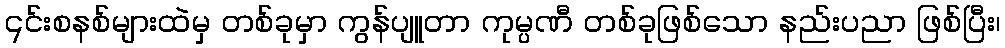
၎င်းစနစ်များထဲမှ တစ်ခုမှာ ကွန်ပျူတာ ကုမ္ပဏီ တစ်ခုဖြစ်သော နည်းပညာ ဖြစ်ပြီး၊